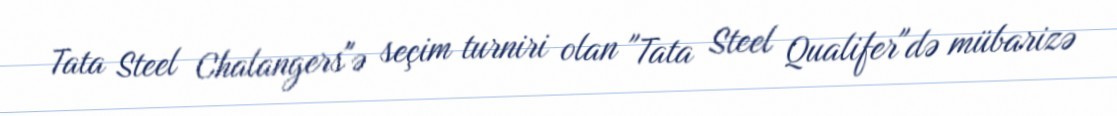
Tata Steel Chalangers"ə seçim turniri olan "Tata Steel Qualifer"də mübarizə